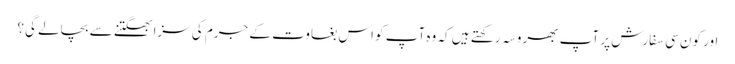
اور کون سی سفارش پر آپ بھروسہ رکھتے ہیں کہ وہ آپ کو اس بغاوت کے جرم کی سزا بھگتنے سے بچالے گی؟